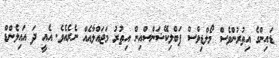
ޑައިންގެ އިތުރުންވެސް މޯލްޑިވްސް ޕަބްލިކޭޝަންސްއިން އިތުރު މަޖައްލާއެއް ނެރެއެވެ. އެއީ ދަ އައިލެންޑް